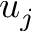
u _ { j }